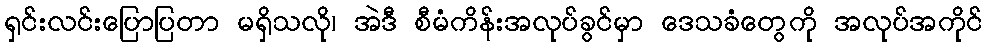
ရှင်းလင်းပြောပြတာ မရှိသလို၊ အဲဒီ စီမံကိန်းအလုပ်ခွင်မှာ ဒေသခံတွေကို အလုပ်အကိုင်